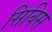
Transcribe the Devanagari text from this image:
सिविस